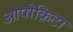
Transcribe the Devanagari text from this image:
आपोक्रिटा